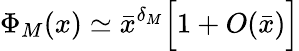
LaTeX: \Phi_{M}(x)\simeq{\bar{x}}^{\delta_{M}}\Big[1+O({\bar{x}})\Big]